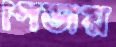
পিডায়